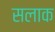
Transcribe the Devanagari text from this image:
सलाक